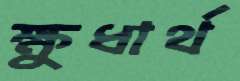
ক্ষুধার্থ